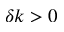
\delta k > 0